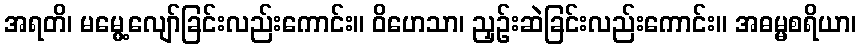
အရတိ၊ မမွေ့လျော်ခြင်းလည်းကောင်း။ ဝိဟေသာ၊ ညှဉ်းဆဲခြင်းလည်းကောင်း။ အဓမ္မစရိယာ၊